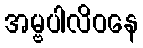
အမ္ဗပါလိဝနေ